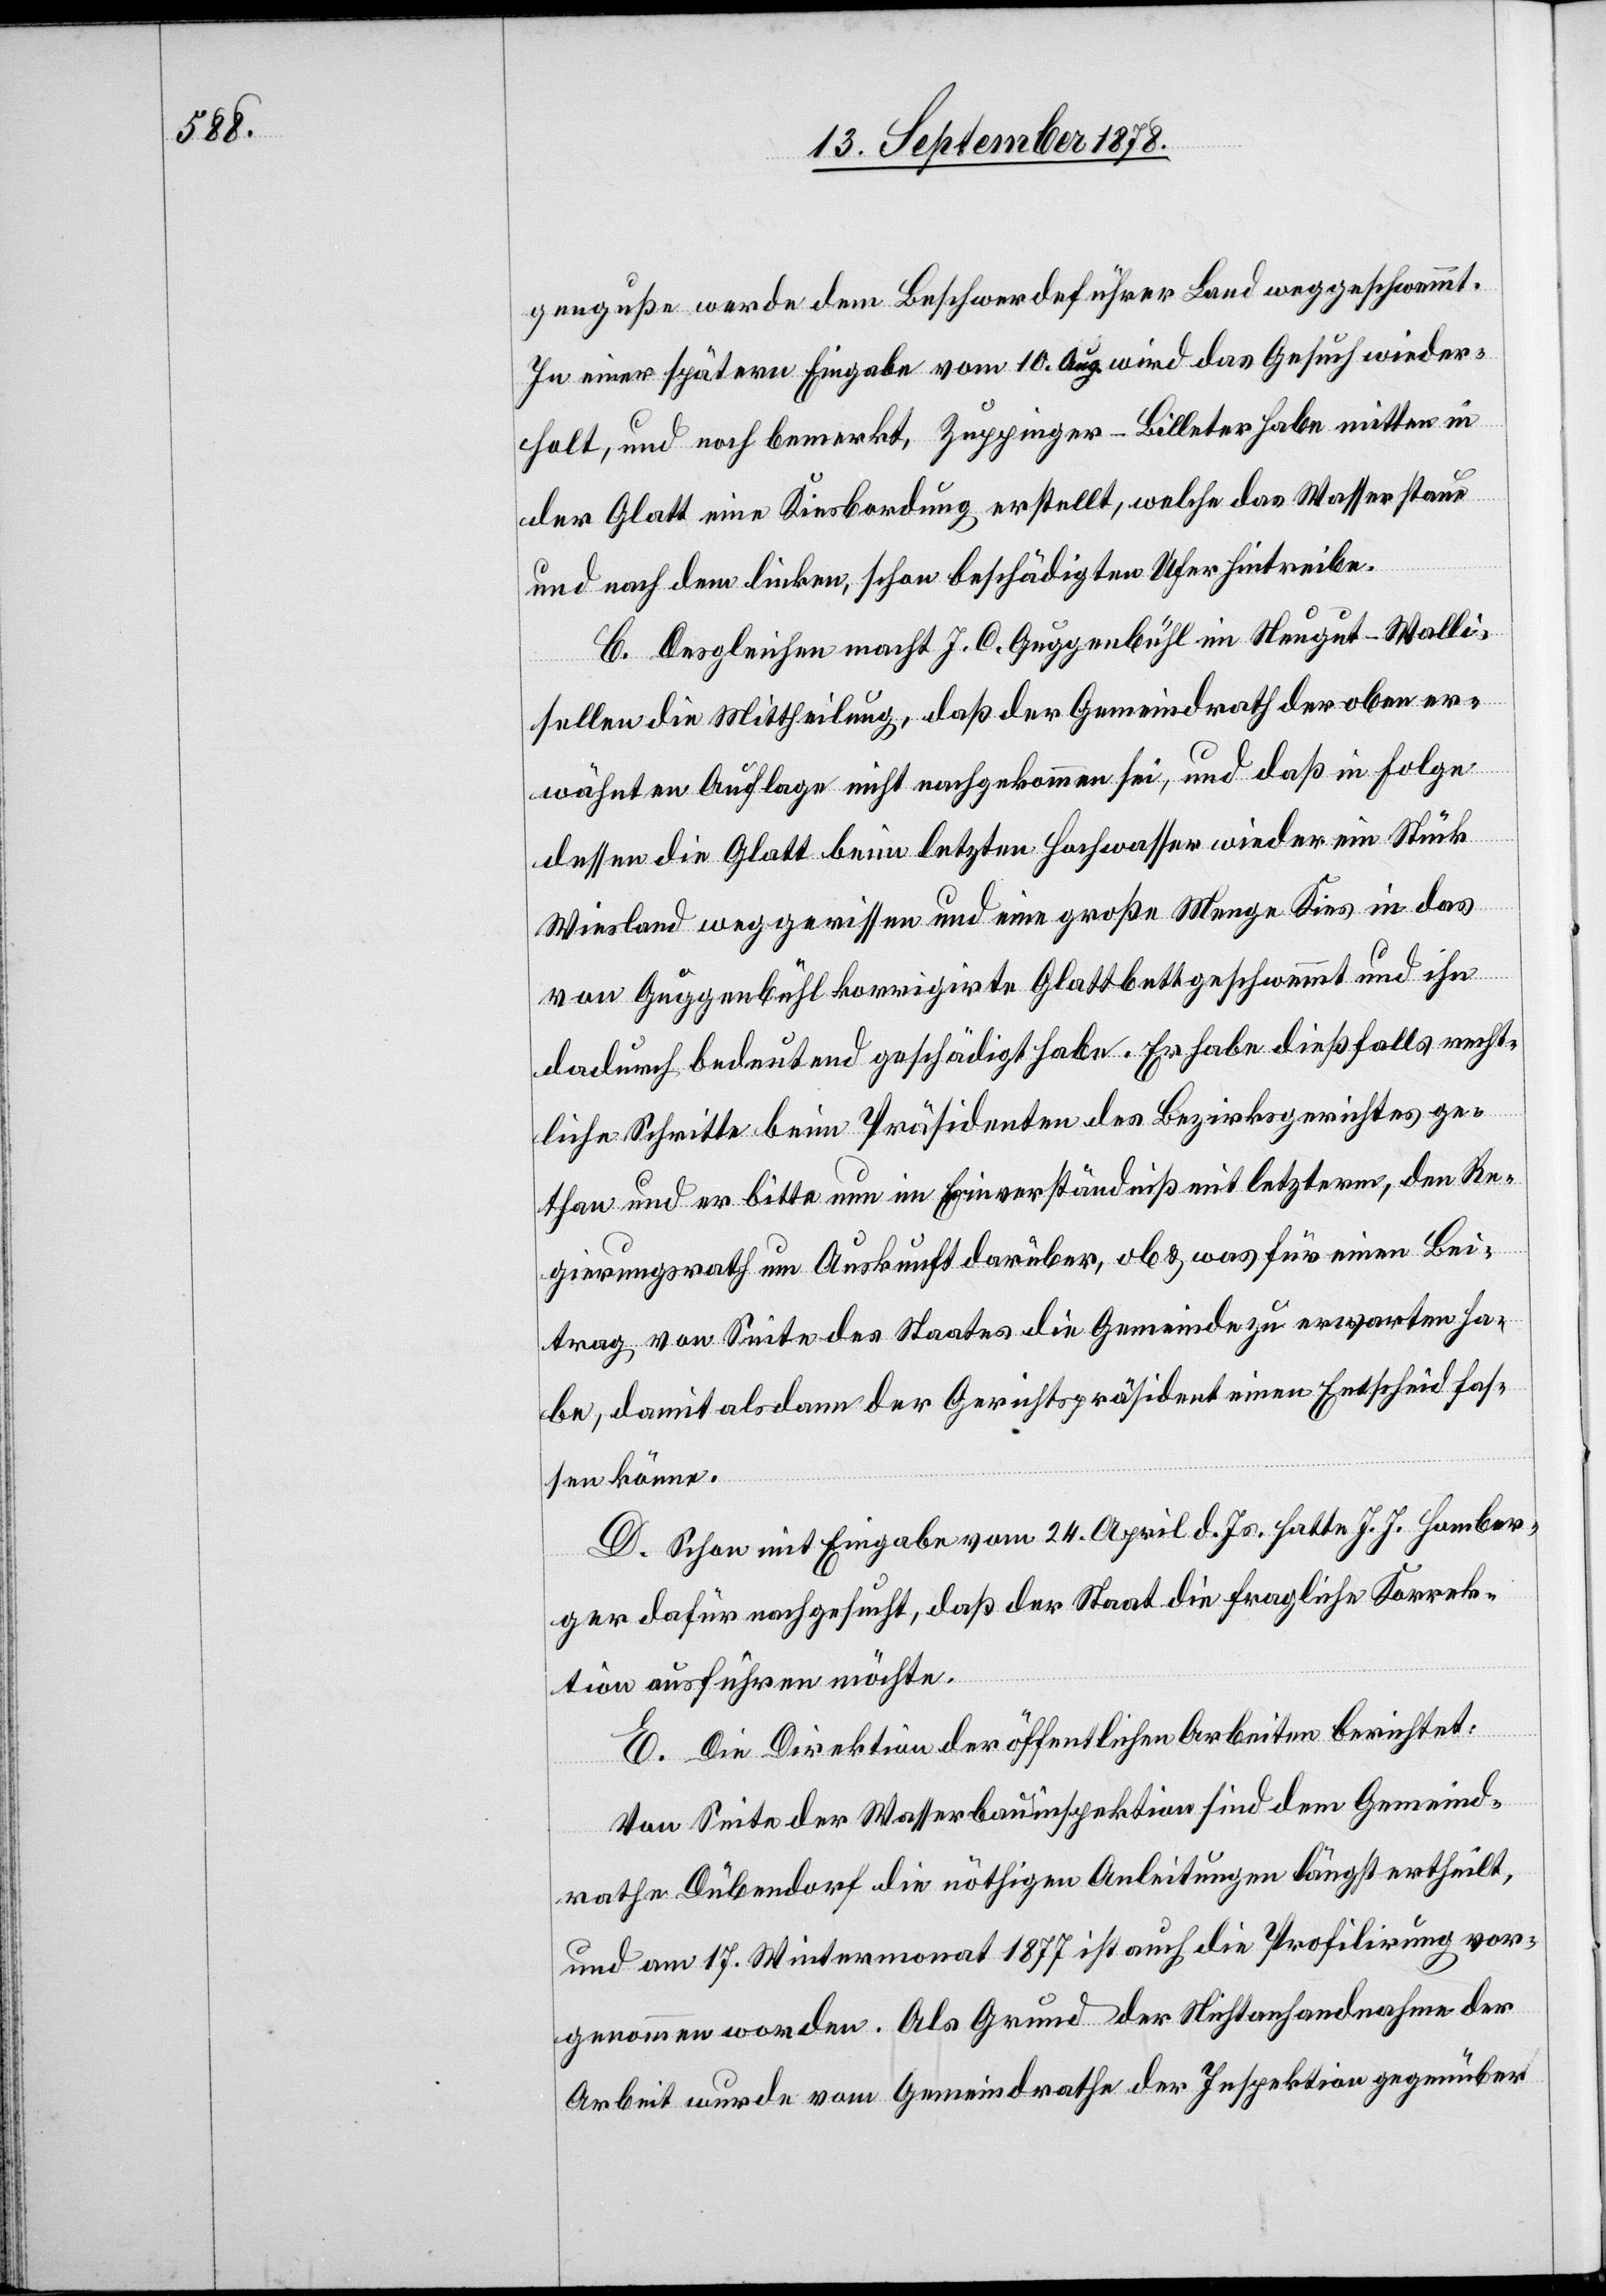
genguße werde dem Beschwerdeführer Land weggeschwemmt.
In einer spätern Eingabe vom 10. Aug. wird das Gesuch wieder¬
holt, und noch bemerkt, Zuppinger-Billeter habe mitten in
der Glatt eine Kiesbordung erstellt, welche das Wasser staue
und nach dem linken, schon beschädigten Ufer hintreibe.
C. Desgleichen macht J. C. Guggenbühl im Neugut - Walli¬
sellen die Mittheilung, daß der Gemeindrath der oben er¬
wähten Auflage nicht nachgekommen sei, und daß in Folge
dessen die Glatt beim letzten Hochwasser wieder ein Stück
Wiesland weggerissen und eine große Menge Kies in das
von Guggenbühl korrigirte Glattbett geschwemmt und ihn
dadurch bedeutend geschädigt habe. Es habe dießfalls recht¬
liche Schritte beim Präsidenten des Bezirksgerichtes ge¬
than und er bitte nun im Einverständniß mit letzterm, den Re¬
gierungsrath um Auskunft darüber, ob & was für einen Bei¬
trag von Seite des Staates die Gemeinde zu erwarten ha¬
be, damit alsdann der Gerichtspräsident einen Entscheid fas¬
sen könne.
D. Schon mit Eingabe vom 24. April d. Js. hatte J. J. Homber¬
ger dafür nachgesucht, daß der Staat die fragliche Korrek¬
tion ausführen möchte.
E. Die Direktion der öffentlichen Arbeiten berichtet:
Von Seite der Wasserbauinspektion sind dem Gemeind¬
rathe Dübendorf die nöthigen Anleitungen längst ertheilt,
und am 17. Wintermonat 1877 ist auch die Profilirung vor¬
genommen worden. Als Grund der Nichtanhandnahme der
Arbeit wurde vom Gemeindrathe der Inspektion gegenüber